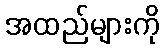
အထည်များကို